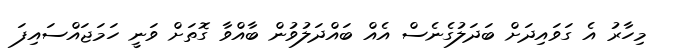
މިހާރު އެ ގަވައިދަށް ބަދަލުގެނެސް އެއް ބައްދަލުވުން ބާއްވާ ގޮތަށް ވަނީ ހަމަޖައްސައިފަ